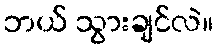
ဘယ် သွားချင်လဲ။